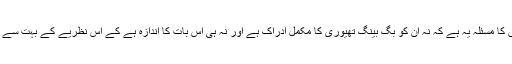
ملحدین ہوں یا مذہب پسند دونوں کا مسئلہ یہ ہے کہ نہ ان کو بگ بینگ تھیوری کا مکمل ادراک ہے اور نہ ہی اس بات کا اندازہ ہے کے اس نظریے کے بہت سے پہلو آج بھی غیر ثابت شدہ ہے۔